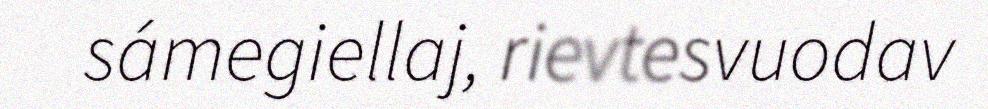
sámegiellaj, rievtesvuodav